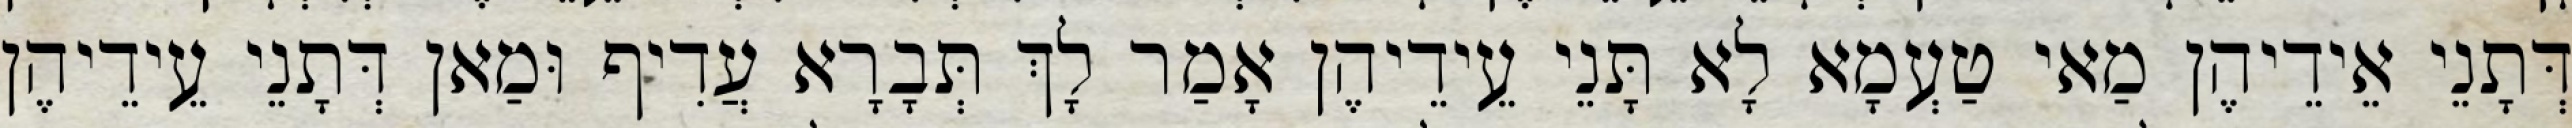
דְּתָנֵי אֵידֵיהֶן מַאי טַעְמָא לָא תָּנֵי עֵידֵיהֶן אָמַר לָךְ תְּבָרָא עֲדִיף וּמַאן דְּתָנֵי עֵידֵיהֶן